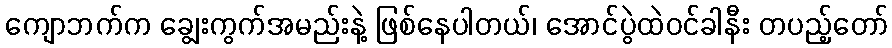
ကျောဘက်က ချွေးကွက်အမည်းနဲ့ ဖြစ်နေပါတယ်၊ အောင်ပွဲထဲဝင်ခါနီး တပည့်တော်